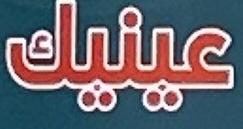
عینیك